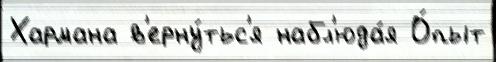
Хармана в'ерну́тьс'я набл'юда́я О́пыт